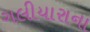
ગલીયારાના